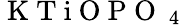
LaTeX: \mathrm{~K~T~i~O~P~O~}_{\mathrm{~4~}}